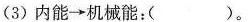
(3)内能\rightarrow机械能：( )。